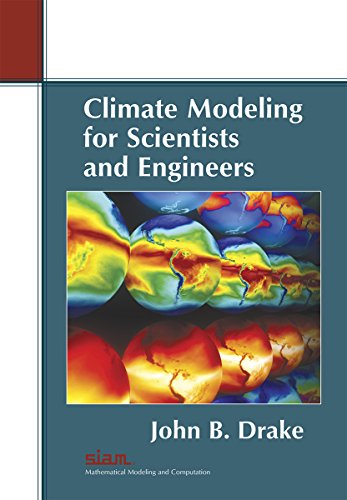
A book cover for Climate Modeling for Scientists and Engineers; John B. Drake; Science & Math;